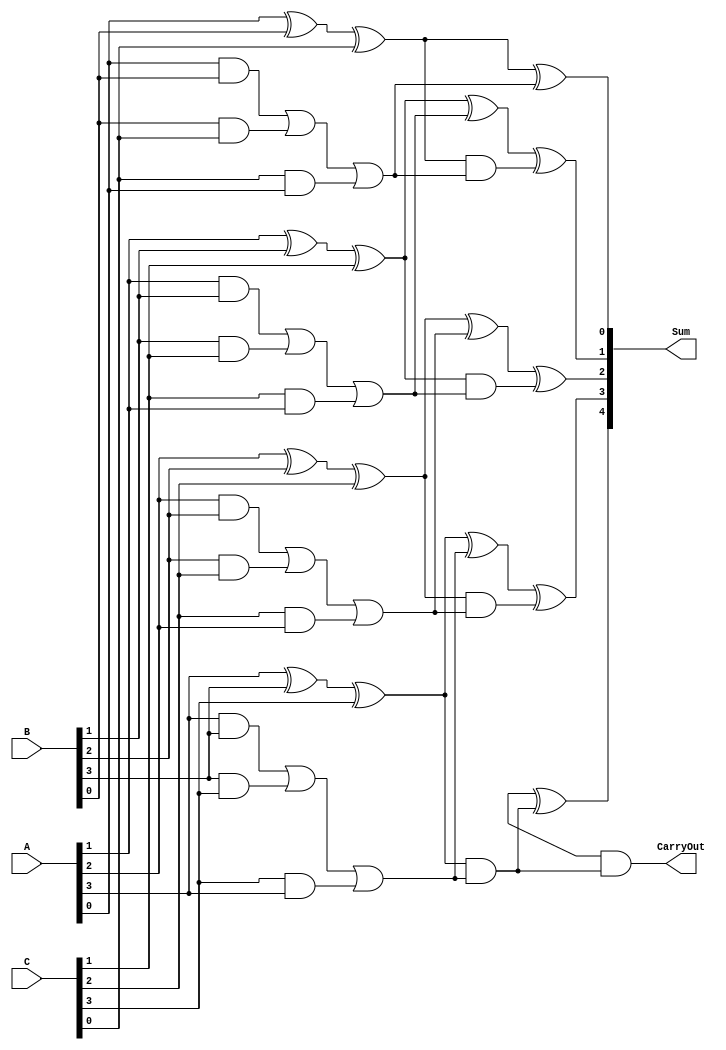
module MultiLevelCSA(
    input [N-1:0] A, // First operand
    input [N-1:0] B, // Second operand
    input [N-1:0] C, // Third operand
    output [N:0] Sum, // Final sum output (N+1 bits to accommodate carry)
    output CarryOut // Carry output
);
parameter N = 4; // Bit width of the inputs

// Intermediate sums and carries
wire [N-1:0] S1, C1;
wire [N-1:0] S2, C2;
wire [N-1:0] S3, C3;

// Level 1: Compute sum and carry for A, B, and C
generate
    genvar i;
    for (i = 0; i < N; i = i + 1) begin : level1
        assign S1[i] = A[i] ^ B[i] ^ C[i];        // Sum calculation
        assign C1[i] = (A[i] & B[i]) | (B[i] & C[i]) | (C[i] & A[i]); // Carry calculation
    end
endgenerate

// Level 2: Aggregate sums and carries
generate
    for (i = 0; i < N; i = i + 1) begin : level2
        assign S2[i] = S1[i] ^ C1[i];  // Intermediate sum
        assign C2[i] = S1[i] & C1[i];  // Intermediate carry
    end
endgenerate

// Final Level: Combine sums and carries
wire [N:0] final_sum;
wire [N:0] final_carry;

assign final_sum[0] = S2[0]; // LSB of the final sum

// Compute the final sum and final carry
generate
    for (i = 1; i <= N; i = i + 1) begin : final_level
        assign final_sum[i] = S2[i] ^ C2[i-1]; // Sum for final stage
        assign final_carry[i] = S2[i] & C2[i-1]; // Carry for final stage
    end
endgenerate

// Final carry out
assign CarryOut = final_carry[N];

// Assign the final output
assign Sum = final_sum;

endmodule